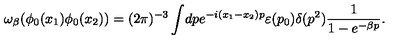
\omega _ { \beta } ( \phi _ { 0 } ( x _ { 1 } ) \phi _ { 0 } ( x _ { 2 } ) ) = ( 2 \pi ) ^ { - 3 } \int \! d p e ^ { - i ( x _ { 1 } - x _ { 2 } ) p } \varepsilon ( p _ { 0 } ) \delta ( p ^ { 2 } ) \frac { 1 } { 1 - e ^ { - \beta p } } .